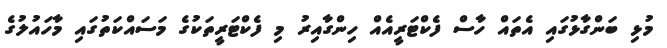
މުޅި ބަންގާޅުގައި އެތައް ހާސް ފެކްޓަރީއެއް ހިންގާއިރު މި ފެކްޓަރީތަކުގެ މަސައްކަތުގައި މާހައުލުގެ